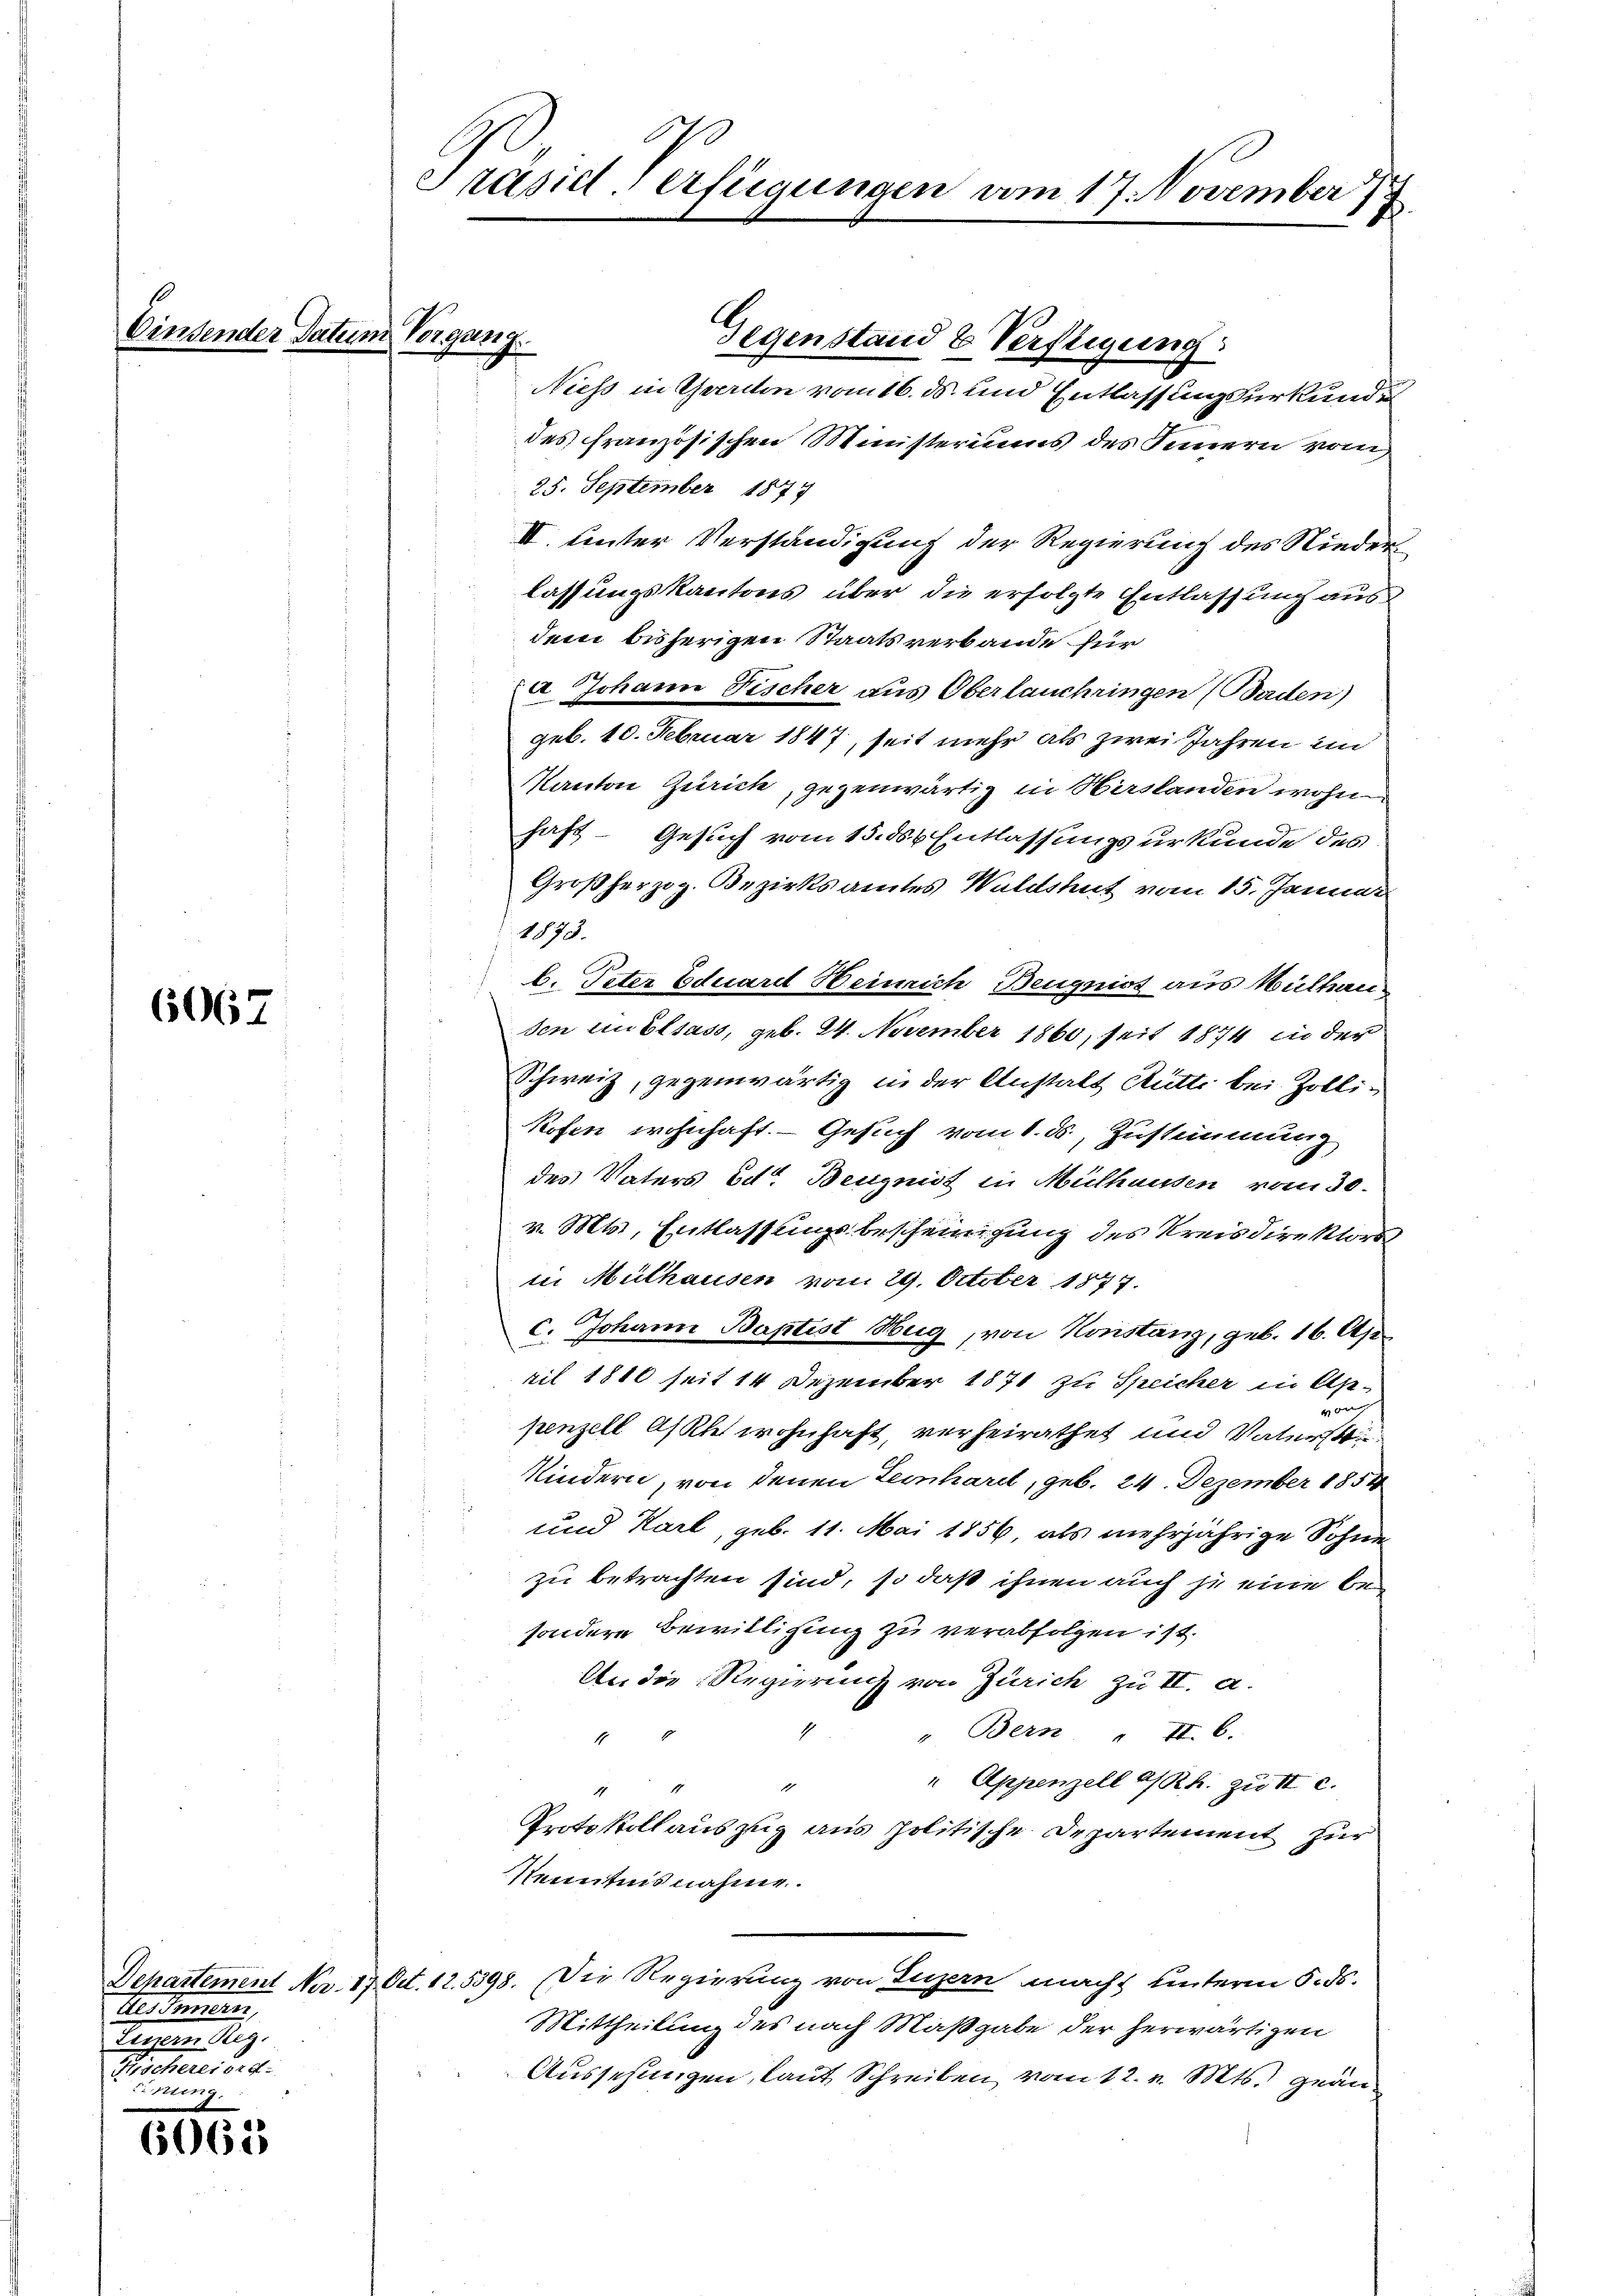
bindender Datum Vergang

6067

Aes Innern,
Mag.

u

6062

Präsidlerfügungen vom 17. November 18
.

Gegenstand & Verfligung
Niess in Gwerden vom 16. ds. und Entlassungsurkunde
des französischen Ministeriums des Innern vom
25. September 1877
II. Unter Verständigung der Regierung des Niederlassungskantons über die erfolgte Entlassung aus
dem bisherigen Staatsverbande für
a Johann Fischer aus Oberlauchringen (Baden)
geb. 10. Februar 1847, seit mehr als zwei Jahren im
¬
Kanton Zürich, gegenwärtig in Hirslanden wohn
haft - Gesuch vom 15. ds. Entlassungsurkunde des
Großherzog. Bezirksamtes Waldshut vom 15. Januar
1873.
b. Peter Eduard Heinrich Beugniss aus Mülhau
den im Elsass, geb. 24. November 1860, seit 1874 in der
Schweiz, gegenwärtig in der Anstalt Ritte bei Zolli¬
Kofen wohnhaft. - Gesuch vom 1. ds., Zustimmung
des Vaters der Beugnist in Mülhausen vom 30.
v. Mts., Entlassungsbescheinigung des Kreisdirektors
in Mülhausen vom 29. October 1877.
c. Johann Baptist Hug, von Konstanz, geb. 16. Ap
ril 1810 seit 14 Dezember 1871 zu Speicher in Ap¬

penzell Asthet wohnhaft, verheirathet und Vaterst
Kindern, von denen Teinhard, geb. 24. Dezember 1854
und Karl, geb. 11. Mai 1856, als mehrjährige Sohne
zu betrachten sind, so daß ihnen auch je eine besondere Bewilligung zu verabfolgen ist.
An die Regierung von Zürich zu II. a.
" Bern. " II. 6.
1
" Appenzell a/Rh. zu II c.
r
Protokoll auszug aus politische Departement für
Kenntnisnahme.
Departement Nr. 17. Oct. 12.5398. Der Regierung von Luzern nacht unterm 5. ds.
Mittheilung des nach Maßgabe der herwärtigen
Aussehungen, laut Schreiben vom 12. v. Mts. geän¬